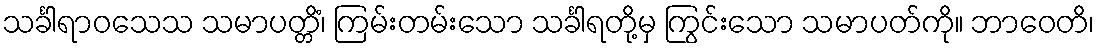
သင်္ခါရာဝသေသ သမာပတ္တိံ၊ ကြမ်းတမ်းသော သင်္ခါရတို့မှ ကြွင်းသော သမာပတ်ကို။ ဘာဝေတိ၊